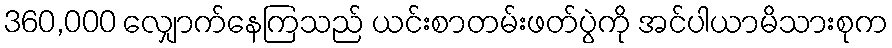
360,000 လျှောက်နေကြသည် ယင်းစာတမ်းဖတ်ပွဲကို အင်ပါယာမိသားစုက